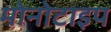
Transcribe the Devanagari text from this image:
मोनोटाइप